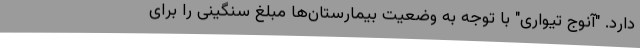
دارد. "آنوج تیواری" با توجه به وضعیت بیمارستان‌ها مبلغ سنگینی را برای